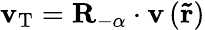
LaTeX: \mathbf{v}_{\mathrm{T}}=\mathbf{R}_{-\alpha}\cdot\mathbf{v}\left(\mathbf{\tilde{r}}\right)